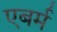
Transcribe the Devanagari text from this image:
एबर्म